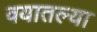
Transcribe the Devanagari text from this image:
वयातल्या